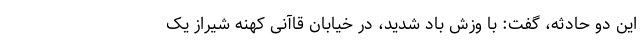
این دو حادثه، گفت: با وزش باد شدید، در خیابان قاآنی‌ کهنه شیراز یک